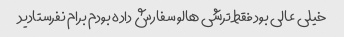
خیلی عالی بود فقط ترشی هالو سفارش داده بودم برام نفرستادید